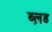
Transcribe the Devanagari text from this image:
ब्ल़ड